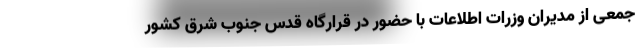
جمعی از مدیران وزرات اطلاعات با حضور در قرارگاه قدس جنوب شرق کشور